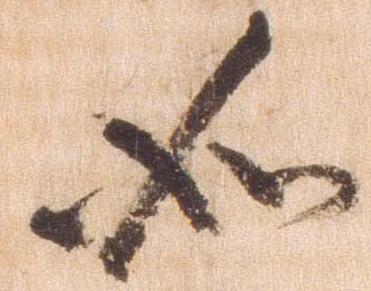
如